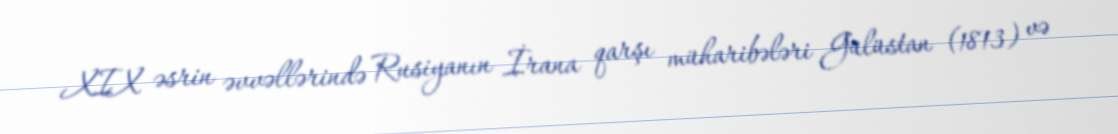
XIX əsrin əvvəllərində Rusiyanın İrana qarşı müharibələri Gülüstan (1813) və